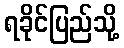
ရခိုင်ပြည်သို့